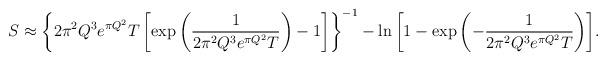
LaTeX: \begin{align*}S \approx \left\{2\pi^2 Q^3 e^{\pi Q^2} T \left[\exp{\left({1\over 2\pi^2 Q^3 e^{\pi Q^2}T}\right)}-1\right]\right\}^{-1} -\ln{\left[1-\exp{\left(-{1\over 2\pi^2 Q^3 e^{\pi Q^2}T}\right)}\right]}. \end{align*}